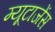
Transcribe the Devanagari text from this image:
म्यूटाजेंस